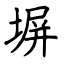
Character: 𤋊